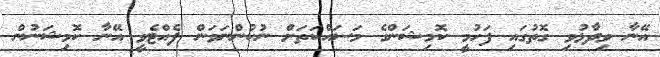
އޭނާ ވިދާޅުވި ގޮތުގައި ފަހުމީ ކޮމިޝަންގެ މަސައްކަތަށް ނުކުންނަވަން ފެއްޓެވީ އޭނާ ކޮމިޝަނުން